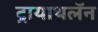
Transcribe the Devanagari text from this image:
ट्रायाथलॅन